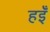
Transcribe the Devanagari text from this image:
हइँ